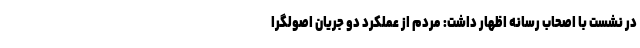
در نشست با اصحاب رسانه اظهار داشت: مردم از عملکرد دو جریان اصولگرا